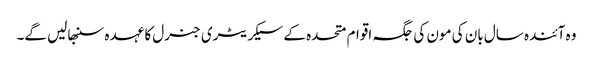
وہ آئندہ سال بان کی مون کی جگہ اقوام متحدہ کے سیکریٹری جنرل کا عہدہ سنبھالیں گے۔